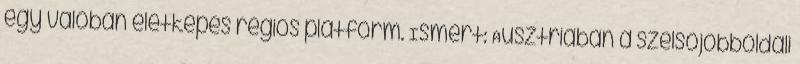
egy valóban életképes régiós platform. Ismert: Ausztriában a szélsőjobboldali